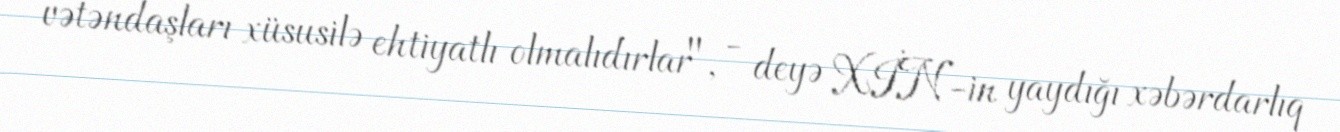
vətəndaşları xüsusilə ehtiyatlı olmalıdırlar", - deyə XİN-in yaydığı xəbərdarlıq